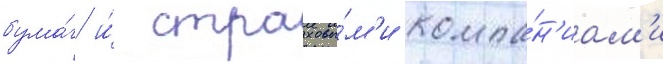
бума́г и́ страховы́м'и компа́н'иам'и